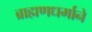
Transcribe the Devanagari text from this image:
ब्राह्मणधर्माने